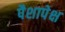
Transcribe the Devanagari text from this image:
पैशापेक्ष